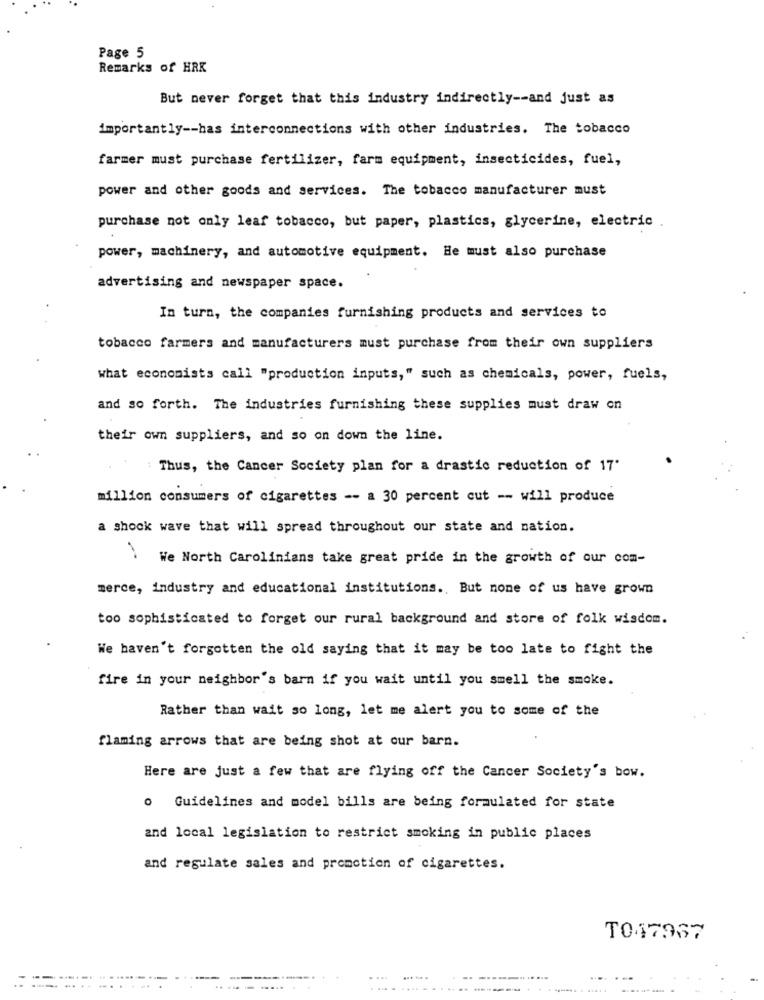
Page 5
Remarks of HRK
But never forget that this industry indirectly -- and just as
importantly -- has interconnections with other industries. The tobacco
farmer must purchase fertilizer, farm equipment, insecticides, fuel,
power and other goods and services. The tobacco manufacturer must
purchase not only leaf tobacco, but paper, plastics, glycerine, electric
power, machinery, and automotive equipment. He must also purchase
advertising and newspaper space.
In turn, the companies furnishing products and services to
tobacco farmers and manufacturers must purchase from their own suppliers
what economists call "production inputs," such as chemicals, power, fuels,
and so forth. The industries furnishing these supplies must draw on
their own suppliers, and so on down the line.
Thus, the Cancer Society plan for a drastic reduction of 17"
million consumers of cigarettes -- a 30 percent cut -- will produce
a shock wave that will spread throughout our state and nation.
We North Carolinians take great pride in the growth of our com-
merce, industry and educational institutions ., But none of us have grown
too sophisticated to forget our rural background and store of folk wisdom.
We haven't forgotten the old saying that it may be too late to fight the
fire in your neighbor's barn if you wait until you smell the smoke.
Rather than wait so long, let me alert you to some of the
flaming arrows that are being shot at our barn.
Here are just a few that are flying off the Cancer Society's bow.
o Guidelines and model bills are being formulated for state
and local legislation to restrict smoking in public places
and regulate sales and promotion of cigarettes.
TO47967
...
... ...
--- -----